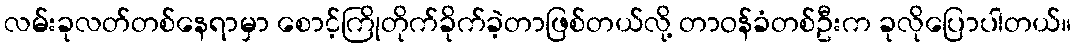
လမ်းခုလတ်တစ်နေရာမှာ စောင့်ကြိုတိုက်ခိုက်ခဲ့တာဖြစ်တယ်လို့ တာဝန်ခံတစ်ဦးက ခုလိုပြောပါတယ်။